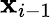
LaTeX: \mathbf x_{i-1}